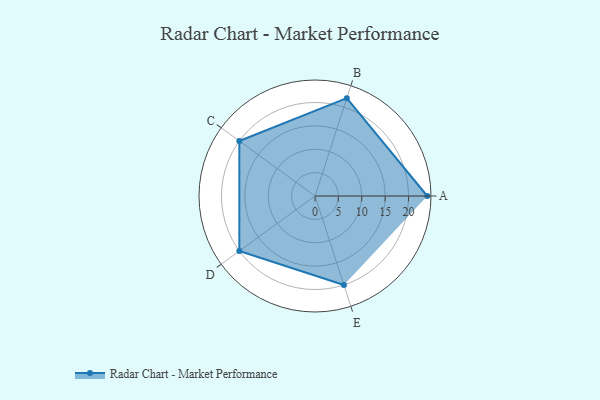
{"axis": {"x": "Skill", "y": "Score"}, "legend": ["Profile"], "data": [{"x": "A", "y": 24.0, "type": "Profile"}, {"x": "B", "y": 22.0, "type": "Profile"}, {"x": "C", "y": 20, "type": "Profile"}, {"x": "D", "y": 20, "type": "Profile"}, {"x": "E", "y": 20, "type": "Profile"}]}